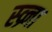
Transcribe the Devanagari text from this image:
स्व्र्ना